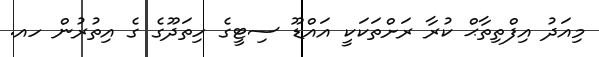
މިއަދު އިފްތިތާޙް ކުރާ ރަށްތަކަކީ އައްޑޫ ސިޓީގެ ހިތަދޫގެ ގެ އިތުރުން ހއ.